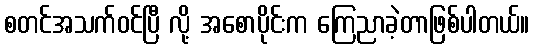
စတင်အသက်ဝင်ပြီ လို့ အစောပိုင်းက ကြေညာခဲ့တာဖြစ်ပါတယ်။